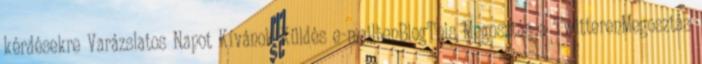
kérdésekre Varázslatos Napot Kívánok Küldés e-mailbenBlogThis Megosztás a TwitterenMegosztás